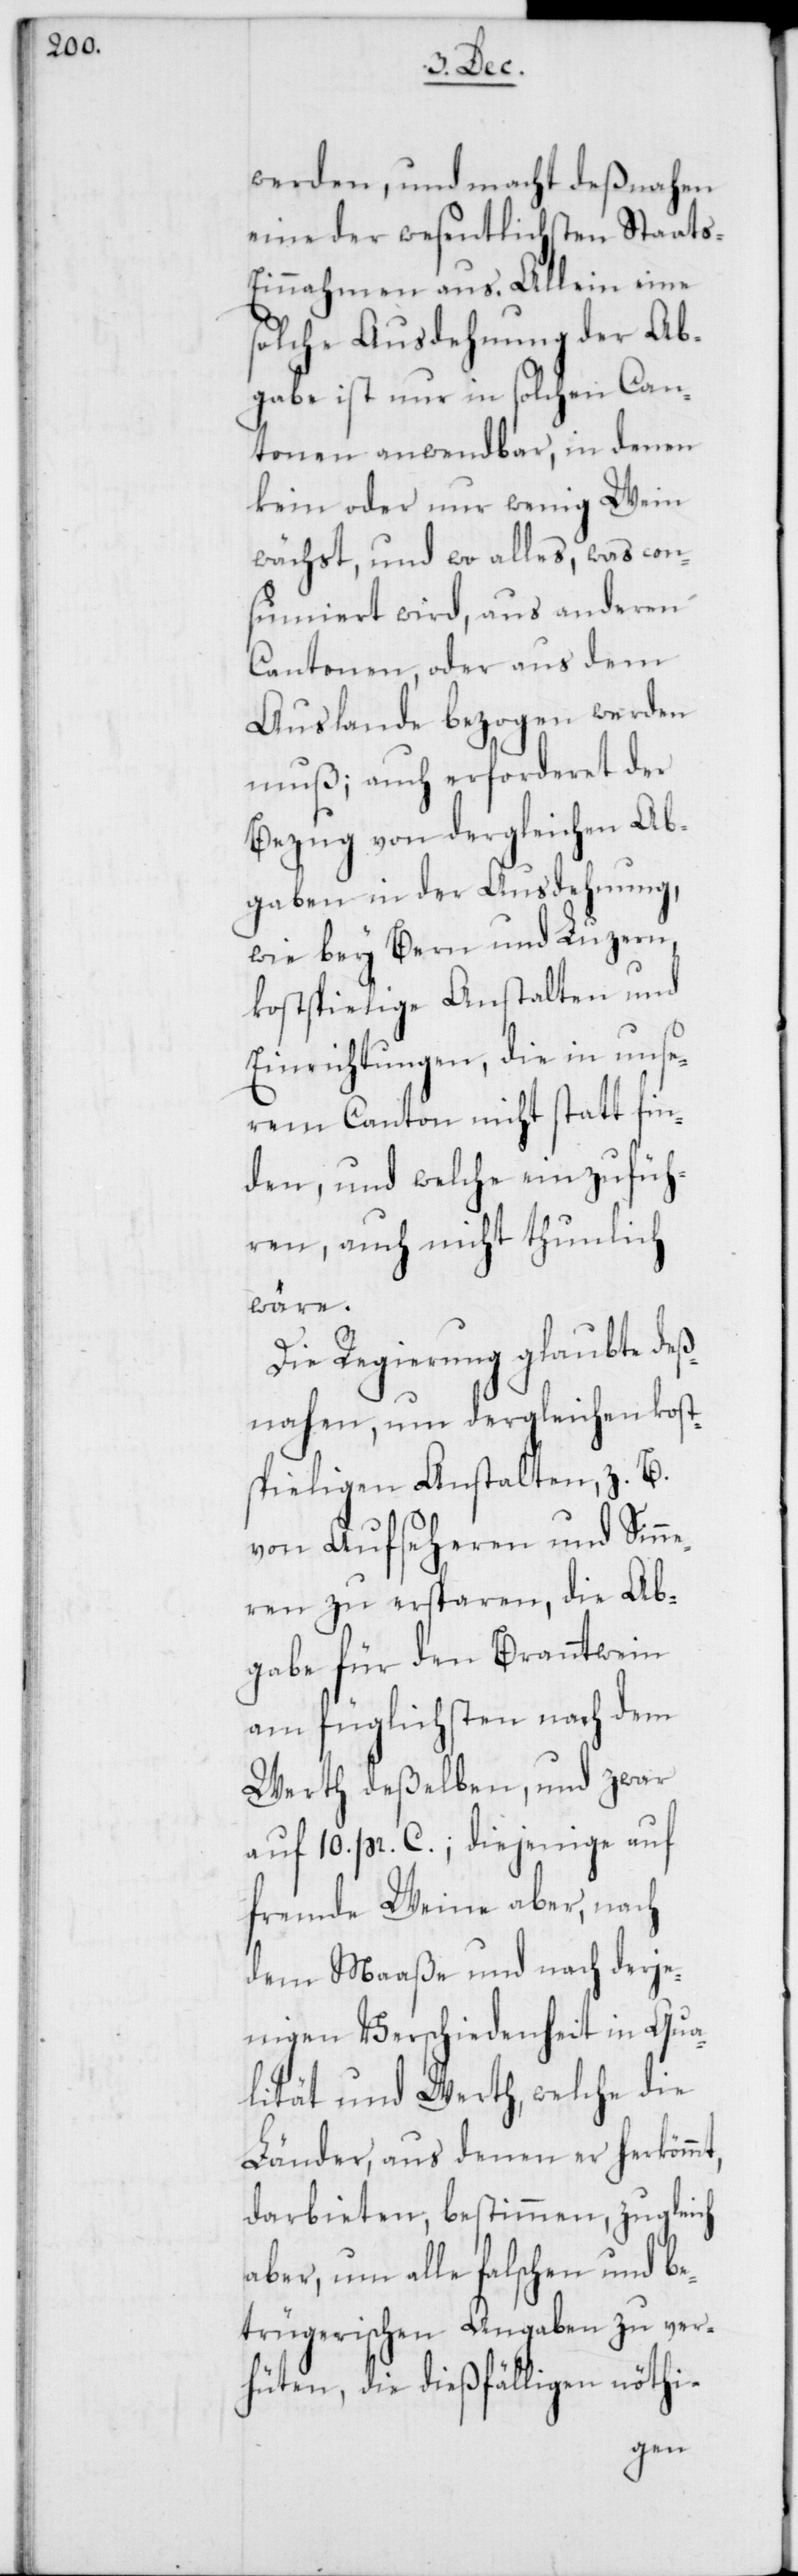
werden, und macht deßnahen
eine der wesentlichsten Staats-E¬
innahmen aus. Allein eine
solche Ausdehnung der Ab¬
gabe ist nur in solchen Can¬
tonen anwendbar, in denen
kein oder nur wenig Wein
wächst, und wo alles, was con¬
sumiert wird, aus anderen
Cantonen, oder aus dem
Auslande bezogen werden
muß; auch erforderet der
Bezug von dergleichen Ab¬
gaben in der Ausdehnung,
wie bey Bern und Luzern,
kostspielige Anstalten und
Einrichtungen, die in unse¬
rem Canton nicht statt fin¬
den, und welche einzufüh¬
ren, auch nicht thunlich
wäre.
Die Regierung glaubte deß¬
nahen, um dergleichen kost¬
spieligen Anstalten, z. B.
von Aufseheren und Sinne¬
ren zu ersparen, die Ab¬
gabe für den Branntwein
am füglichsten nach dem
Werth deßelben, und zwar
auf 10. pr. C.; diejenige auf
fremde Weine aber, nach
dem Maaße und nach derje¬
nigen Verschiedenheit in Qua¬
lität und Werth, welche die
Länder, aus denen er herkömmt,
darbieten, bestimmen, zugleich
aber, um alle falschen und be¬
trügerischen Angaben zu ver¬
hüten, die dießfälligen nöthi-